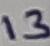
Text: 13